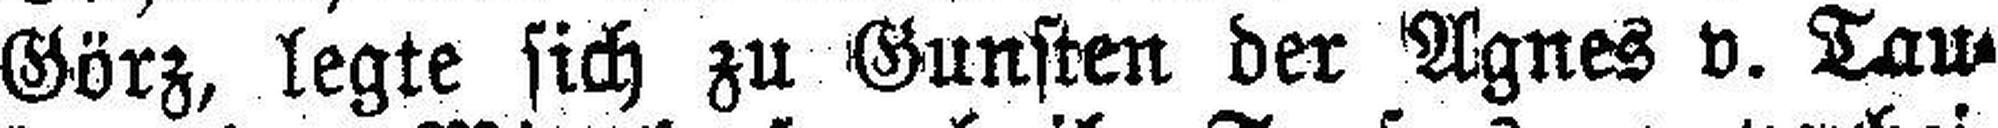
Görz, legte sich zu Gunsten der Agnes v. Tau¬